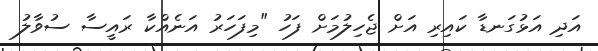
އަދި އަޅުގަނޑާ ކައިރި އަށް ޖެހިލުމަށް ފަހު "މިފަހަރު އަނެއްކާ ރައީސާ ސުވާލު